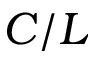
C / L